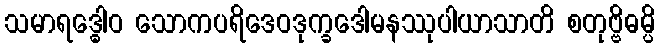
သမာရဒ္ဓေါဝ သောကပရိဒေဝဒုက္ခဒေါမနဿုပါယာသာတိ စတုဗ္ဗိဓမ္ပိ